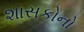
શાસકોનો